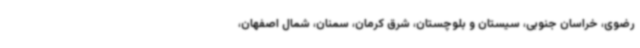
رضوی، خراسان جنوبی، سیستان و بلوچستان، شرق کرمان، سمنان، شمال اصفهان،